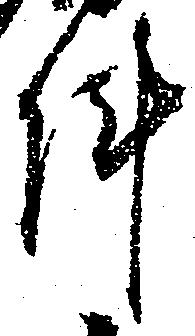
陣